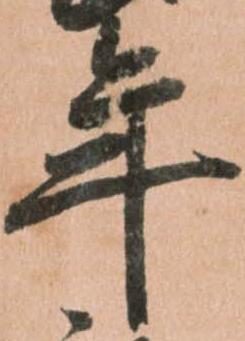
年